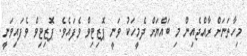
މިހާތަނަށް ރާއްޖެއިން މި ބައްޔަށް ދެމީހަކު ވަނީ ޕޮޒިޓިވް ވެފައެވެ. ޕޮޒިޓިވް ވެފައިވަނީ